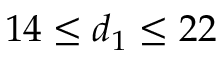
1 4 \leq d _ { 1 } \leq 2 2